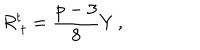
LaTeX: R _ { \ t } ^ { t } = \frac { p - 3 } { 8 } Y \, ,